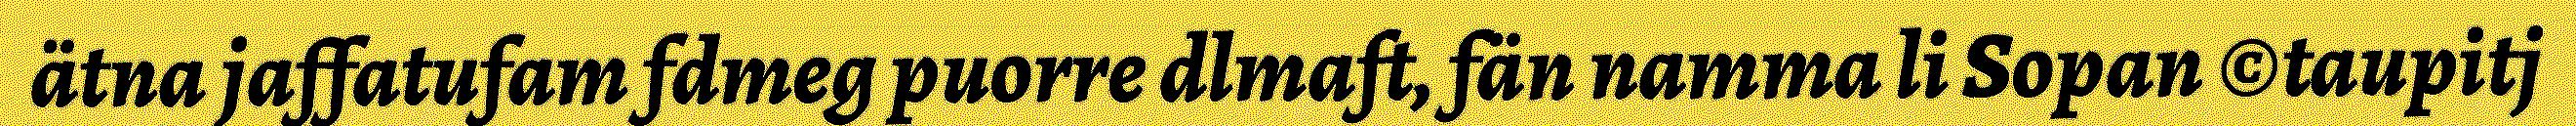
ätna jaffatufam fdmeg puorre dlmaft, fän namma li Sopan ©taupitj